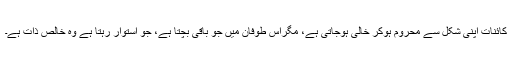
کائنات اپنی شکل سے محروم ہوکر خالی ہوجاتی ہے، مگراس طوفان میں جو باقی بچتا ہے، جو استوار رہتا ہے وہ خالص ذات ہے۔